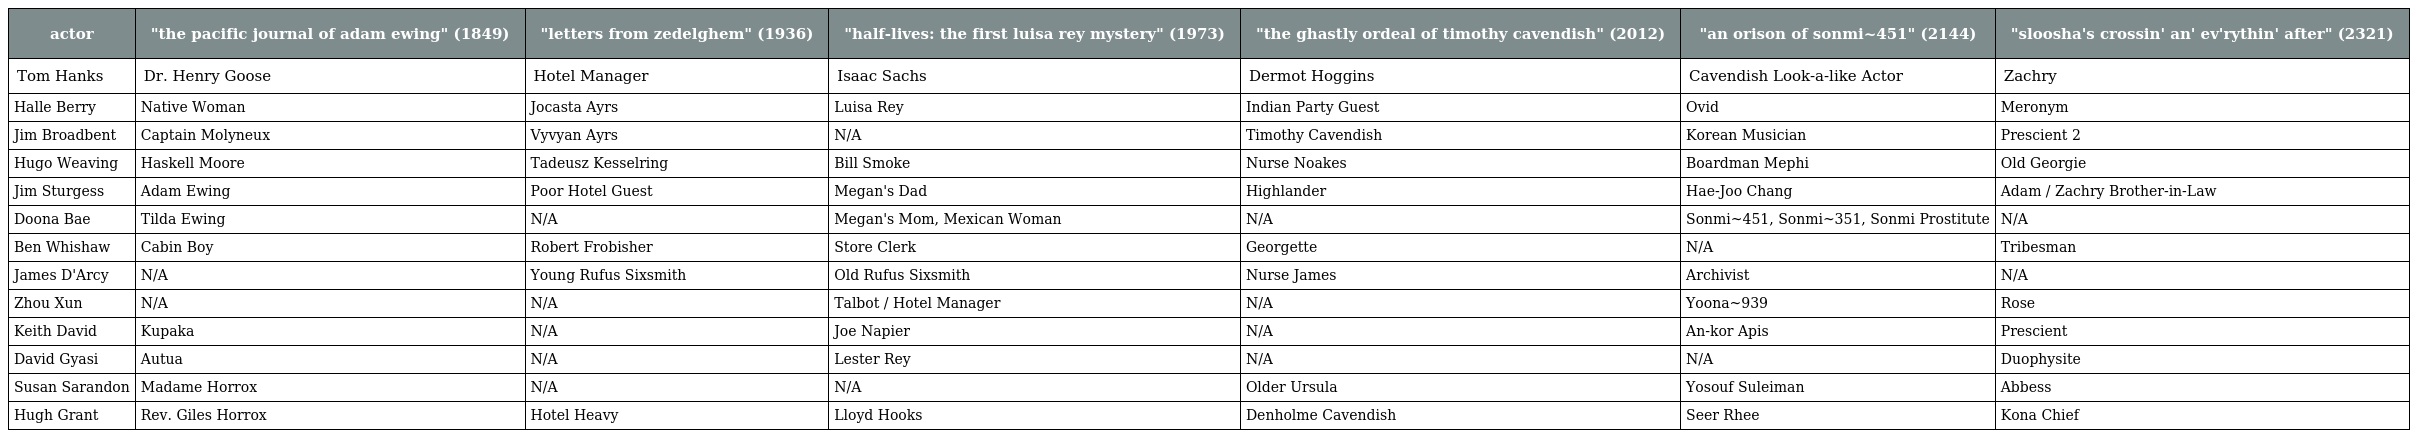
| actor | "the pacific journal of adam ewing" (1849) | "letters from zedelghem" (1936) | "half-lives: the first luisa rey mystery" (1973) | "the ghastly ordeal of timothy cavendish" (2012) | "an orison of sonmi~451" (2144) | "sloosha's crossin' an' ev'rythin' after" (2321) |
 | --- | --- | --- | --- | --- | --- | --- |
 | Tom Hanks | Dr. Henry Goose | Hotel Manager | Isaac Sachs | Dermot Hoggins | Cavendish Look-a-like Actor | Zachry |
 | Halle Berry | Native Woman | Jocasta Ayrs | Luisa Rey | Indian Party Guest | Ovid | Meronym |
 | Jim Broadbent | Captain Molyneux | Vyvyan Ayrs | N/A | Timothy Cavendish | Korean Musician | Prescient 2 |
 | Hugo Weaving | Haskell Moore | Tadeusz Kesselring | Bill Smoke | Nurse Noakes | Boardman Mephi | Old Georgie |
 | Jim Sturgess | Adam Ewing | Poor Hotel Guest | Megan's Dad | Highlander | Hae-Joo Chang | Adam / Zachry Brother-in-Law |
 | Doona Bae | Tilda Ewing | N/A | Megan's Mom, Mexican Woman | N/A | Sonmi~451, Sonmi~351, Sonmi Prostitute | N/A |
 | Ben Whishaw | Cabin Boy | Robert Frobisher | Store Clerk | Georgette | N/A | Tribesman |
 | James D'Arcy | N/A | Young Rufus Sixsmith | Old Rufus Sixsmith | Nurse James | Archivist | N/A |
 | Zhou Xun | N/A | N/A | Talbot / Hotel Manager | N/A | Yoona~939 | Rose |
 | Keith David | Kupaka | N/A | Joe Napier | N/A | An-kor Apis | Prescient |
 | David Gyasi | Autua | N/A | Lester Rey | N/A | N/A | Duophysite |
 | Susan Sarandon | Madame Horrox | N/A | N/A | Older Ursula | Yosouf Suleiman | Abbess |
 | Hugh Grant | Rev. Giles Horrox | Hotel Heavy | Lloyd Hooks | Denholme Cavendish | Seer Rhee | Kona Chief |